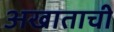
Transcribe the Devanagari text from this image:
अखाताची